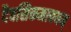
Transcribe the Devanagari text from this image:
दैवसिकमत्ययम्‌